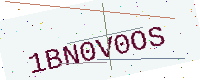
Text: 1BN0V0OS